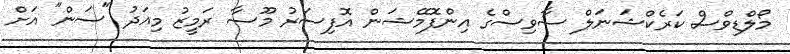
މޯލްޑިވްސް ކަރެކްޝަނަލް ސާވިސްގެ އިންފޮމޭޝަން އޮފިސަރު މޫސާ ރަމީޒު މިއަދު "ސަން" އަށް